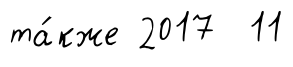
та́кже 2017 11